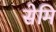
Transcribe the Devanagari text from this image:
सेमि